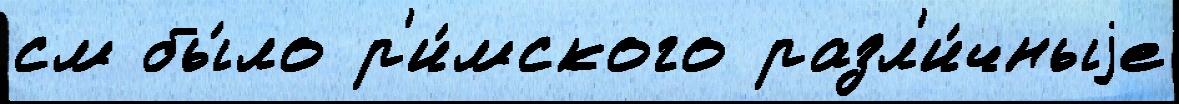
см бы́ло р'и́мского разл'и́чныjе